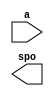
module fire22(
  a,
  spo
);

input [13 : 0] a;
output [15 : 0] spo;

// synthesis translate_off

  DIST_MEM_GEN_V7_2 #(
    .C_ADDR_WIDTH(14),
    .C_DEFAULT_DATA("0"),
    .C_DEPTH(16384),
    .C_FAMILY("kintex7"),
    .C_HAS_CLK(0),
    .C_HAS_D(0),
    .C_HAS_DPO(0),
    .C_HAS_DPRA(0),
    .C_HAS_I_CE(0),
    .C_HAS_QDPO(0),
    .C_HAS_QDPO_CE(0),
    .C_HAS_QDPO_CLK(0),
    .C_HAS_QDPO_RST(0),
    .C_HAS_QDPO_SRST(0),
    .C_HAS_QSPO(0),
    .C_HAS_QSPO_CE(0),
    .C_HAS_QSPO_RST(0),
    .C_HAS_QSPO_SRST(0),
    .C_HAS_SPO(1),
    .C_HAS_SPRA(0),
    .C_HAS_WE(0),
    .C_MEM_INIT_FILE("fire22.mif"),
    .C_MEM_TYPE(0),
    .C_PARSER_TYPE(1),
    .C_PIPELINE_STAGES(0),
    .C_QCE_JOINED(0),
    .C_QUALIFY_WE(0),
    .C_READ_MIF(1),
    .C_REG_A_D_INPUTS(0),
    .C_REG_DPRA_INPUT(0),
    .C_SYNC_ENABLE(1),
    .C_WIDTH(16)
  )
  inst (
    .A(a),
    .SPO(spo),
    .D(),
    .DPRA(),
    .SPRA(),
    .CLK(),
    .WE(),
    .I_CE(),
    .QSPO_CE(),
    .QDPO_CE(),
    .QDPO_CLK(),
    .QSPO_RST(),
    .QDPO_RST(),
    .QSPO_SRST(),
    .QDPO_SRST(),
    .DPO(),
    .QSPO(),
    .QDPO()
  );

// synthesis translate_on

endmodule